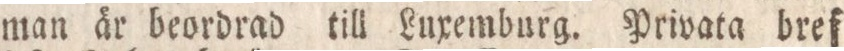
man är beordrad till Luxemburg. Privata bref